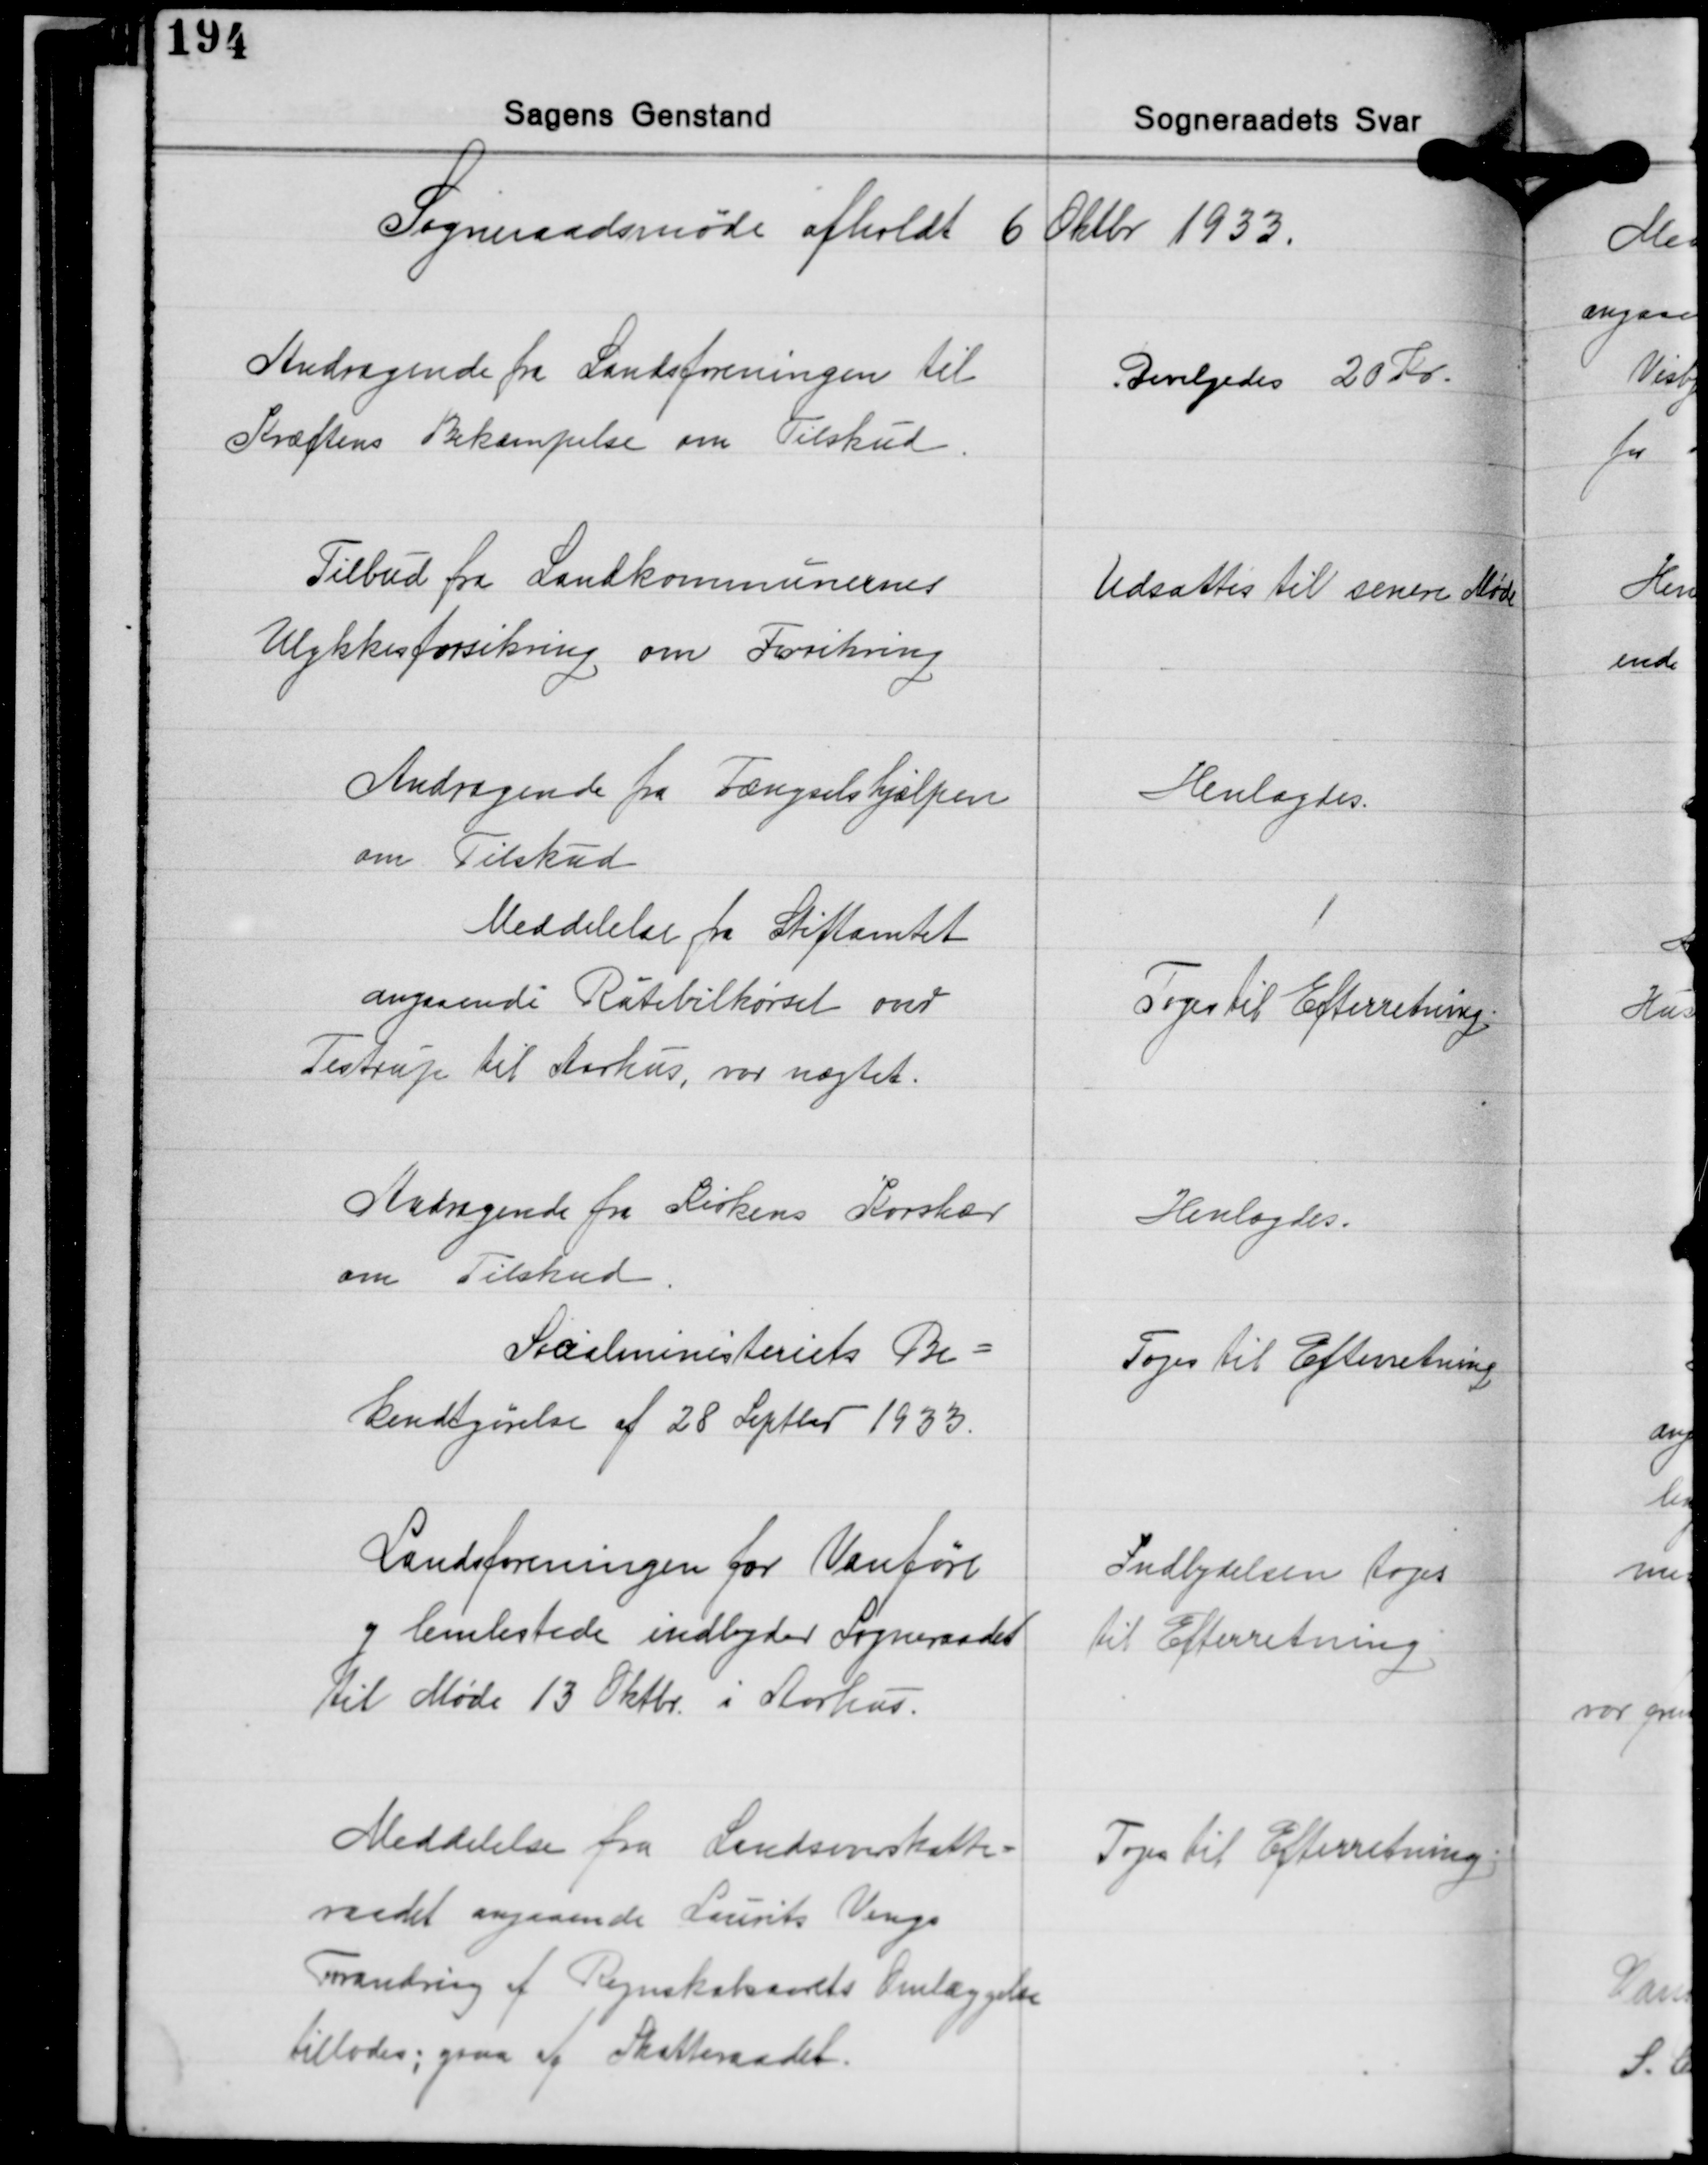
Transskription:
Sogneraadsmøde afholdt 6 Oktbr. 1933.

Andragende fra Landsforeningen til
Kræftens Bekæmpelse om Tilskud

Bevilgedes 20 Kr.

Tilbud fra Landkommunernes
Ulykkesforsikring om Forsikring

Udsattes til senere Møde

Andragende fra Fængselshjælpen
om Tilskud

Henlagdes.

Meddelelse fra Stiftamtet
angaaende Rutebilkørsel over
Testrup til Aarhus, var nægtet.

Toges til Efterretning

Andragende fra Kirkens Korshær
om Tilskud

Henlagdes.

Socialministeriets Be-
kendtgørelse af 28 Septbr. 1933.

Toges til Efterretning.

Landsforeningen for Vanføre
og lemlestede indbyder Sogneraadet
til Møde 13 Oktbr. i Aarhus.

Indbydelsen toges
til Efterretning

Meddelelse fra Landsoverskatte-
raadet angaaende Laurits Vengs
Forandring af Regnskabsaarets Omlæggelse
tillodes; ogsaa af Skatteraadet.

Toges til Efterretning